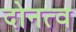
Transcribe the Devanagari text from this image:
दोनत्व